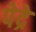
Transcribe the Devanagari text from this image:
पेद्रे